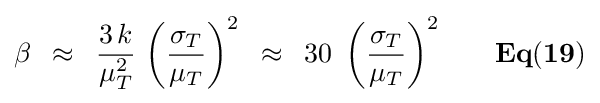
\beta \,\,\,\approx \,\,\,{{3\,k} \over {\mu _{T}^{2}}}\,\left({{\sigma _{T}} \over {\mu _{T}}}\right)^{2}\,\,\,\approx \,\,\,30\,\,\left({{\sigma _{T}} \over {\mu _{T}}}\right)^{2}{\mathbf {\,\,\,\,\,\,\,\,\,\,\,Eq(19)} }